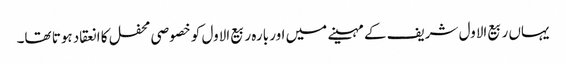
یہاں ربیع الاول شریف کے مہینے میں اور بارہ ربیع الاول کو خصوصی محفل کا انعقاد ہوتا تھا۔